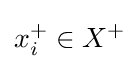
x_{i}^{+}\in X^{+}